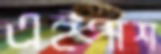
এইপাশ